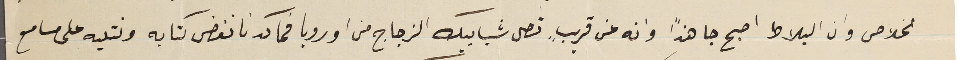
الخلاص وان البلاط اصبح جاهزاً وانه عن قريبٍ تصل شبابيك الزجاج من اوروبا فما كدنا نفضى كتابه ونتليه على مسامع